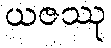
ယဇဿု